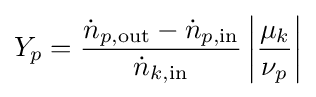
Y_{p}={\frac {{\dot {n}}_{p,{\text{out}}}-{\dot {n}}_{p,{\text{in}}}}{{\dot {n}}_{k,{\text{in}}}}}\left|{\frac {\mu _{k}}{\nu _{p}}}\right|